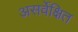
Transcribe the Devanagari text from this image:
असर्वेक्षित